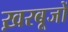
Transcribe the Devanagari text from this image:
ख़रबूजों